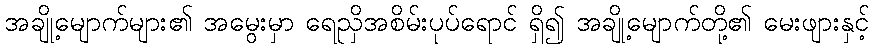
အချို့မျောက်များ၏ အမွေးမှာ ရေညှိအစိမ်းပုပ်ရောင် ရှိ၍ အချို့မျောက်တို့၏ မေးဖျားနှင့်